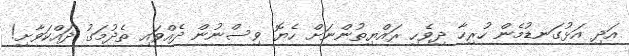
އަދި އަޅުގަނޑުމެން ހުރިހާ ދިވެހި ރައްޔިތުންނަށް ހެޔޮ ވިސްނުން ދެއްވައި ތެދުމަގު ދައްކަަވާށި!